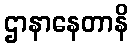
ဌာနာနေတာနိ